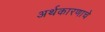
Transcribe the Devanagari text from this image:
अर्थकारणाचे